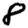
Digit: 8